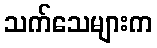
သက်သေများက